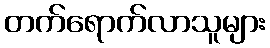
တက်ရောက်လာသူများ